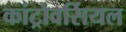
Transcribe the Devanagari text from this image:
कांट्रोवर्सियल